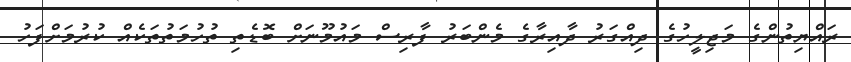
ރައްޔިތުންގެ މަޖިލީހުގެ ދިއްގަރު ދާއިރާގެ މެންބަރު ފާރިސް މައުމޫނަށް ބޮޑެތި ތުހުމަތުތަކެއް ކުރުމަށްފަހު